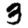
Digit: 3